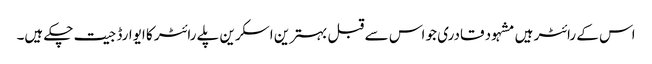
اس کے رائٹر ہیں مشہود قادری جو اس سے قبل بہترین اسکرین پلے رائٹر کا ایوارڈ جیت چکے ہیں۔